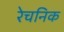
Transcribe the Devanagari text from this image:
रेचनिक